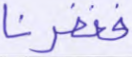
فغفرنا